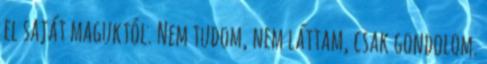
el saját maguktól. Nem tudom, nem láttam, csak gondolom.